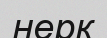
нерк